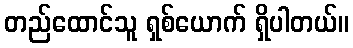
တည်ထောင်သူ ရှစ်ယောက် ရှိပါတယ်။